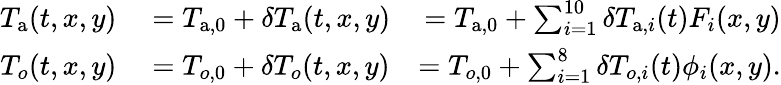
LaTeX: \begin{array}{rlr}{T_{\mathrm{a}}(t,x,y)}&{{}=T_{\mathrm{a},0}+\delta T_{\mathrm{a}}(t,x,y)}&{=T_{\mathrm{a},0}+\sum_{i=1}^{10}\delta T_{\mathrm{a},i}(t)F_{i}(x,y)}\\ {T_{o}(t,x,y)}&{{}=T_{o,0}+\delta T_{o}(t,x,y)}&{=T_{o,0}+\sum_{i=1}^{8}\delta T_{o,i}(t)\phi_{i}(x,y).}\end{array}